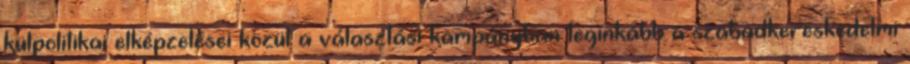
külpolitikai elképzelései közül a választási kampányban leginkább a szabadkereskedelmi